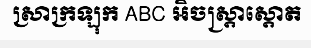
ស្រាក្រឡុក ABC អិចស្ត្រាស្តោត